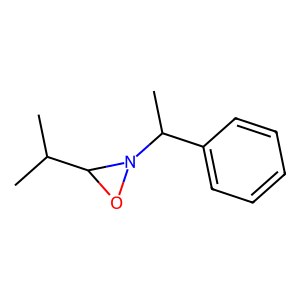
SMILES: CC(C)C1ON1C(C)c1ccccc1
Inhibits HIV replication: No